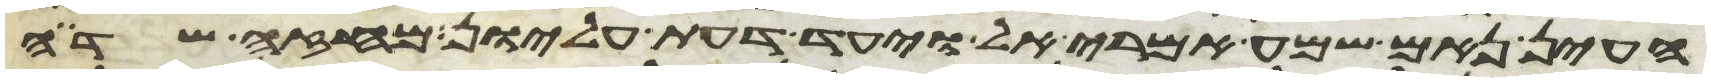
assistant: העין נאם שמע אמרי אל וידע דעת עליון מחזה שדה